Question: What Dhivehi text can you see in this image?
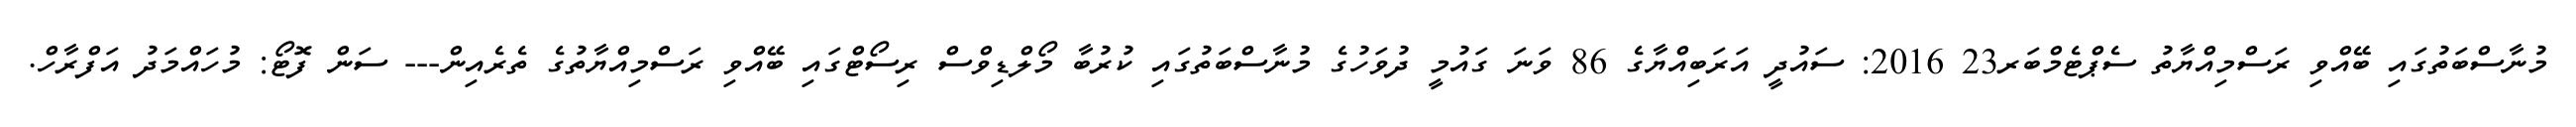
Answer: މުނާސްބަތުގައި ބޭއްވި ރަސްމިއްޔާތު ސެޕްޓެމްބަރ23 2016: ސައުދީ އަރަބިއްޔާގެ 86 ވަނަ ގައުމީ ދުވަހުގެ މުނާސްބަތުގައި ކުރުބާ މޯލްޑިވްސް ރިސޯޓްގައި ބޭއްވި ރަސްމިއްޔާތުގެ ތެރެއިން--- ސަން ފޮޓޯ: މުހައްމަދު އަފްރާހް.